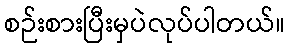
စဉ်းစားပြီးမှပဲလုပ်ပါတယ်။